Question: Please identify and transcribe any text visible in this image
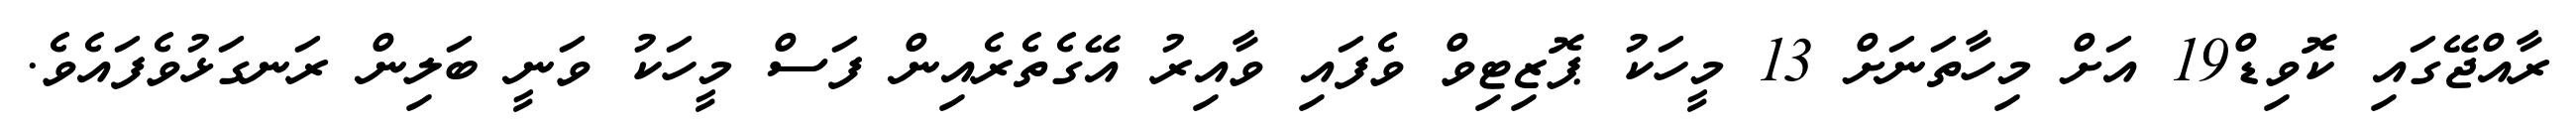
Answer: ރާއްޖޭގައި ކޮވިޑް19 އަށް މިހާތަނަށް 13 މީހަކު ޕޮޒިޓިވް ވެފައި ވާއިރު އޭގެތެރެއިން ފަސް މީހަކު ވަނީ ބަލިން ރަނގަޅުވެފައެވެ.